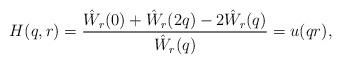
LaTeX: \begin{align*}H(q,r) = \frac{\hat W_r(0) + \hat W_r(2q) - 2\hat W_r(q)}{\hat W_r(q)} = u(qr),\end{align*}